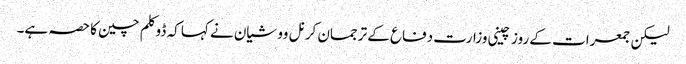
لیکن جمعرات کے روز چینی وزارت دفاع کے ترجمان کرنل وو شیان نے کہا کہ ڈوکلم چین کا حصہ ہے۔